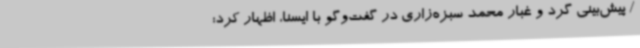
/ پیش‌بینی گرد و غبار محمد سبزه‌زاری در گفت‌وگو با ایسنا، اظهار کرد: